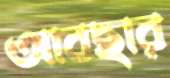
আবছার